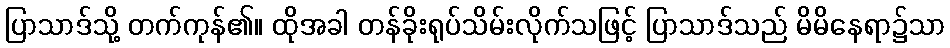
ပြာသာဒ်သို့ တက်ကုန်၏။ ထိုအခါ တန်ခိုးရုပ်သိမ်းလိုက်သဖြင့် ပြာသာဒ်သည် မိမိနေရာ၌သာ